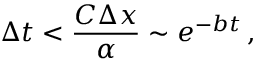
\Delta t < \frac { C \Delta x } { \alpha } \sim e ^ { - b t } \, ,